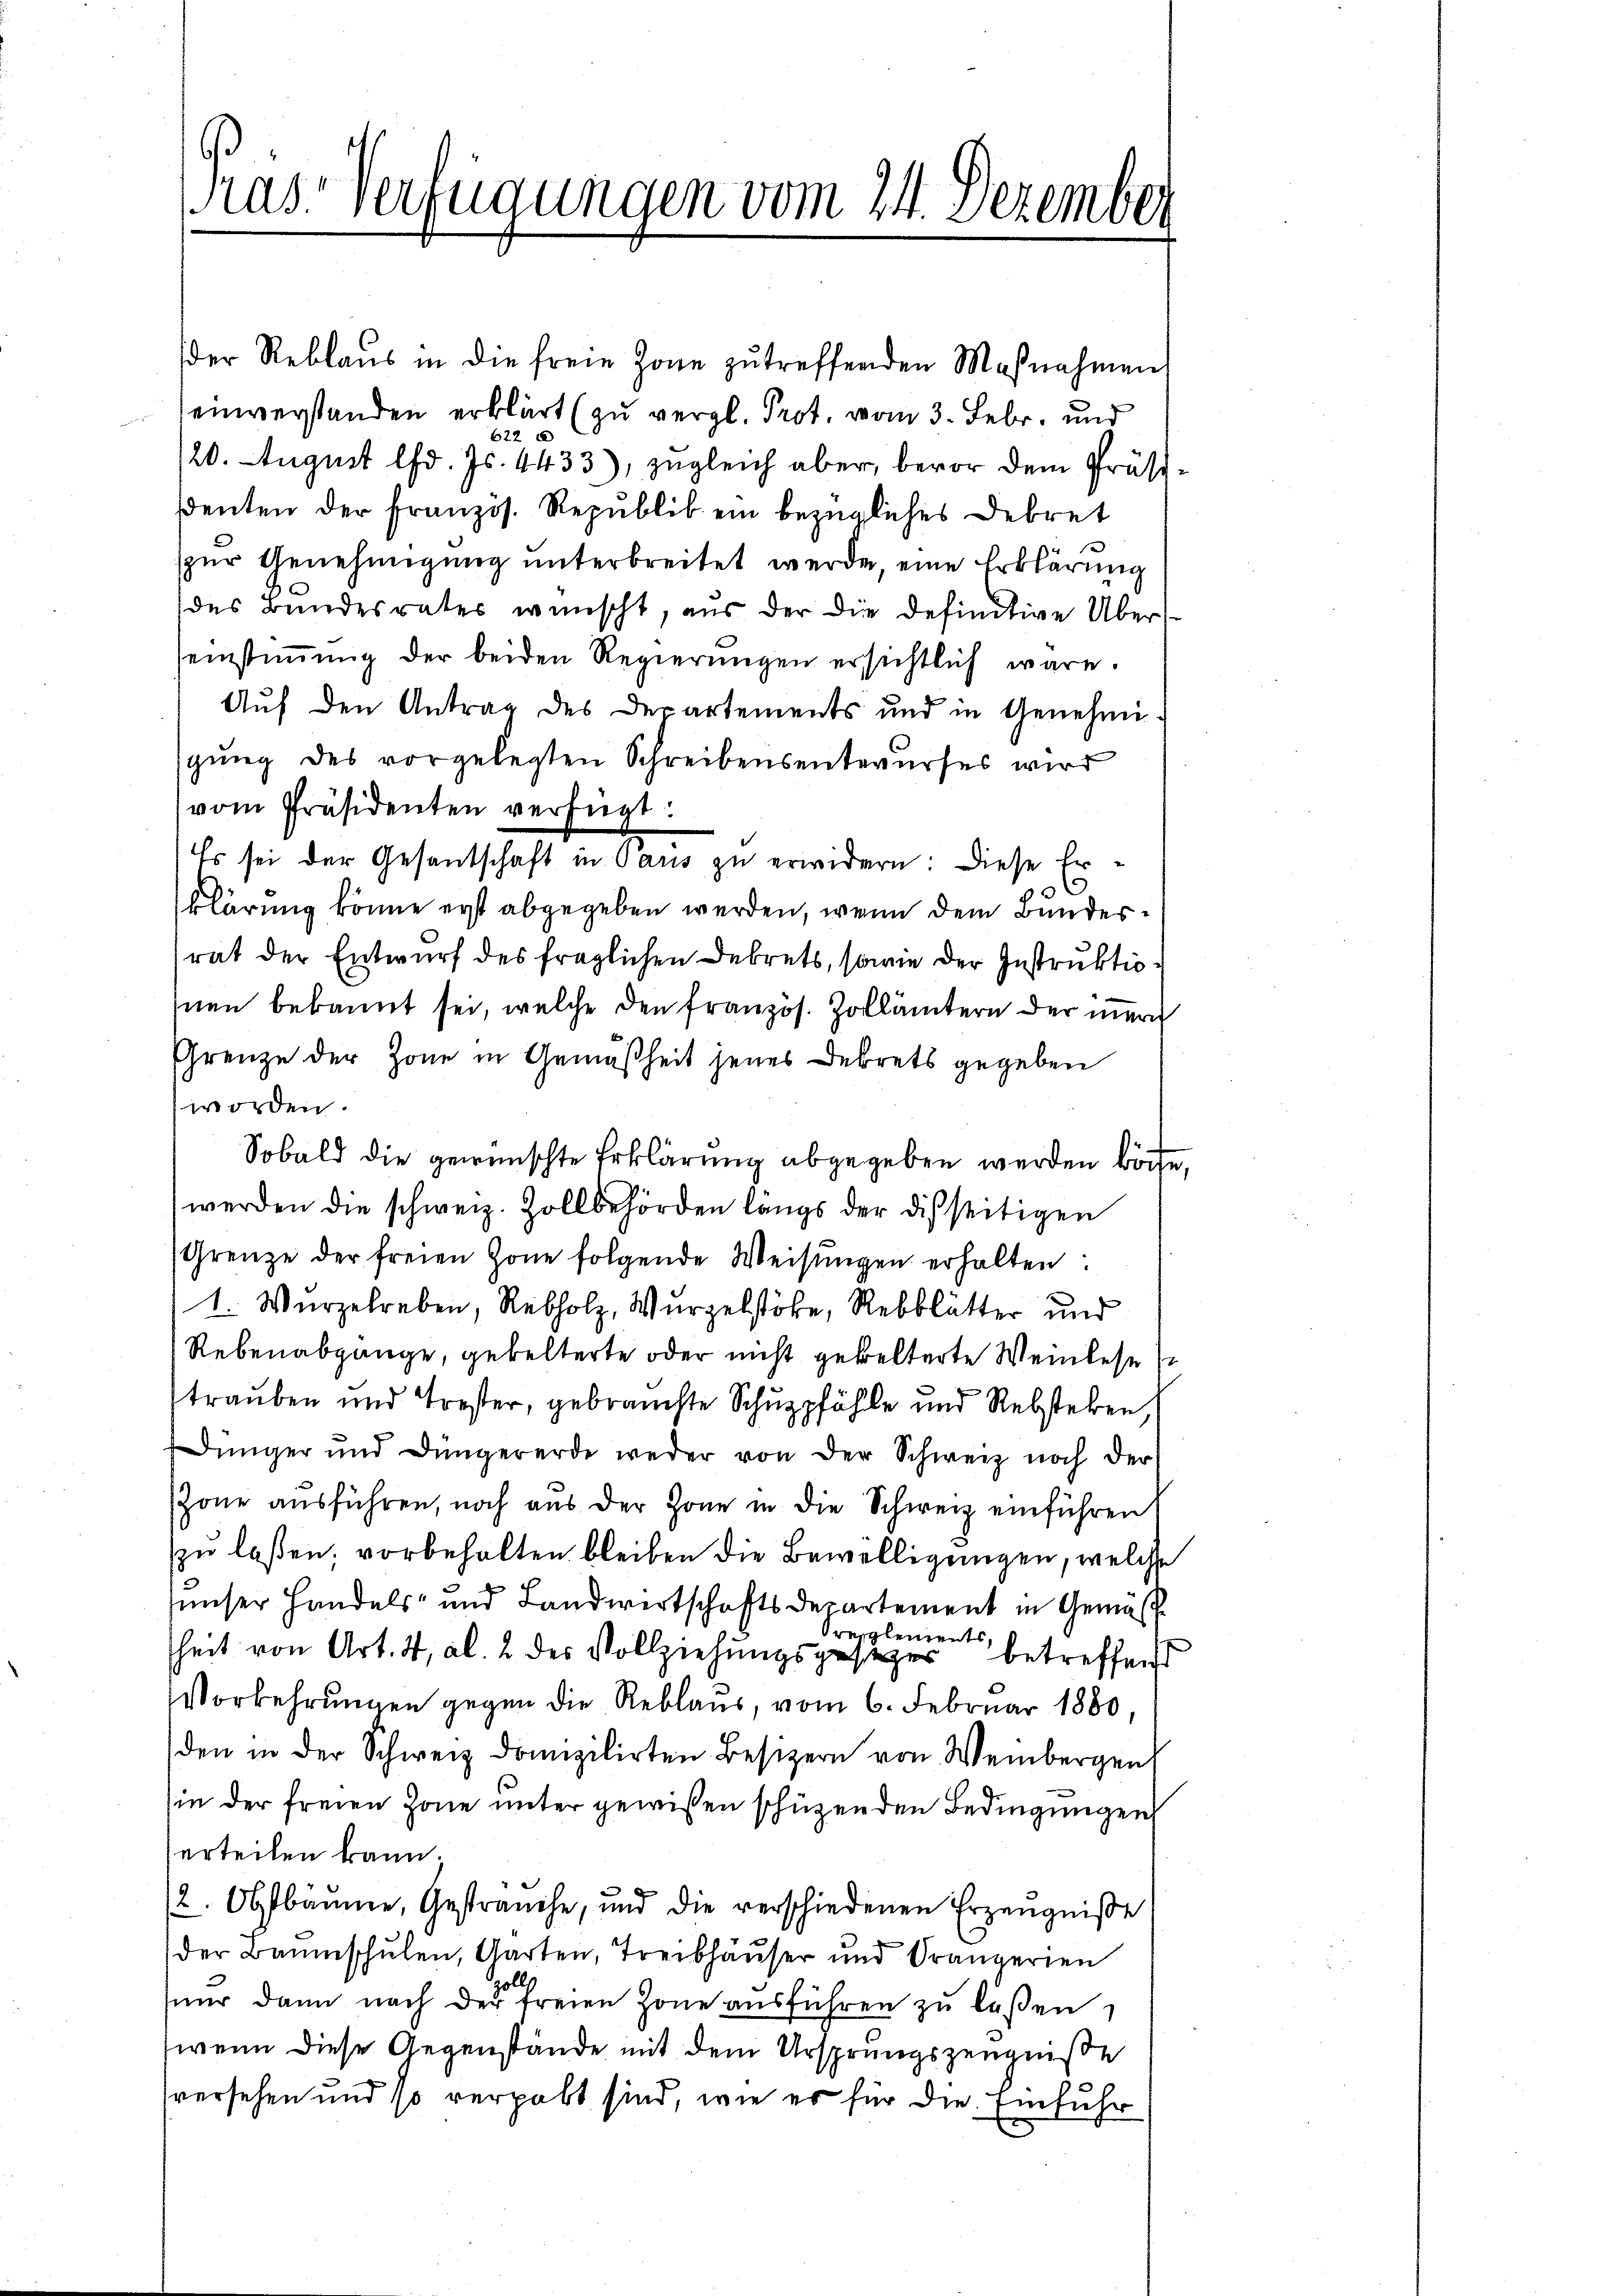
Pras Verfügungen vom 24. Dezember

der Reblaus in die freie Zone zutreffenden Maßnahmen
einverstanden erklärt (zu vergl. Prot. vom 3. Febr. und
622
120. August lfd. Js. 4433), zugleich aber, bevor dem Präsiddenten der Französ. Republik ein bezügliches Dekret
zur Genehmigung unterbreitet werde, eine Erklärung
des Bundesrates wünscht, aus der die definitive Überseinstiṁŭng der beiden Regierungen ersichtlich wäre.
Auf den Antrag des Departements und in Genehmisgŭng des vorgelegten Schreibensentwurfes wird
vom Präsidenten verfügt:
Es sei der Gesantschaft in Gaus zu erwidern: Diese Erklärung könne erst abgegeben werden, wenn dem Bundesrat der Entwurf des fraglichen Dekrets, sowie der Instruktioinen bekannt sei, welche den französ. Zollämtern der innern
Grenze der Zone in Gemäßheit jenes Dekrets gegeben
worden.
Sobald die gewünschte Erklärung abgegeben werden wöche,
werden die schweiz. Zollbehörden längs der disseitigen
Grenze der freien Zone folgende Weisŭngen erhalten:
1. Wurzelreben, Rebholz, Wurzelstöke, Rebblätter und
Rebenabgange, gebelterte oder nicht gebetterte Weinlese
trauben und Trester, gebrauchte Schuppfähle und Rebstehen
Jünger und Düngererde weder von der Schweiz noch der
sZone ausführen, noch aus der Zone in die Schweiz einführen
zzu laßen, vorbehalten bleiben die Bewilligungen, welche
unser Handels- und Landwertschaftsdepartement in Gemäs
reglements
heit von Art. 4, Al. 2 des Vollziehungsgesetzer betreffend
Vorkehrungen gegen die Reblaus, vom 6. Februar 1880,
den in der Schweiz domizilirten Besizern von Weinbergen
in der freien Zone unter gewißen schützen den Bedingungen
erteilen kann.
2. Obstbäume, Gesträuche, und die verschiedenen Erzeugniße
(der Baumschulen, Garten, Treibhäŭser und Orangerien
nur dann nach der freien Zone ausführen zu laßen,
wenn diese Gegenstände mit dem Ursprungszeugniße
versehen und so vergabt sind, wie es für die Einfuhr